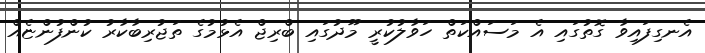
އެނގިފައިވާ ގޮތުގައި އެ މަސައްކަތް ހަވާލުކުރީ މޫދުގައި ބްރިޖް އެޅުމުގެ ތަޖުރިބާކާރު ކުންފުންޏެއް